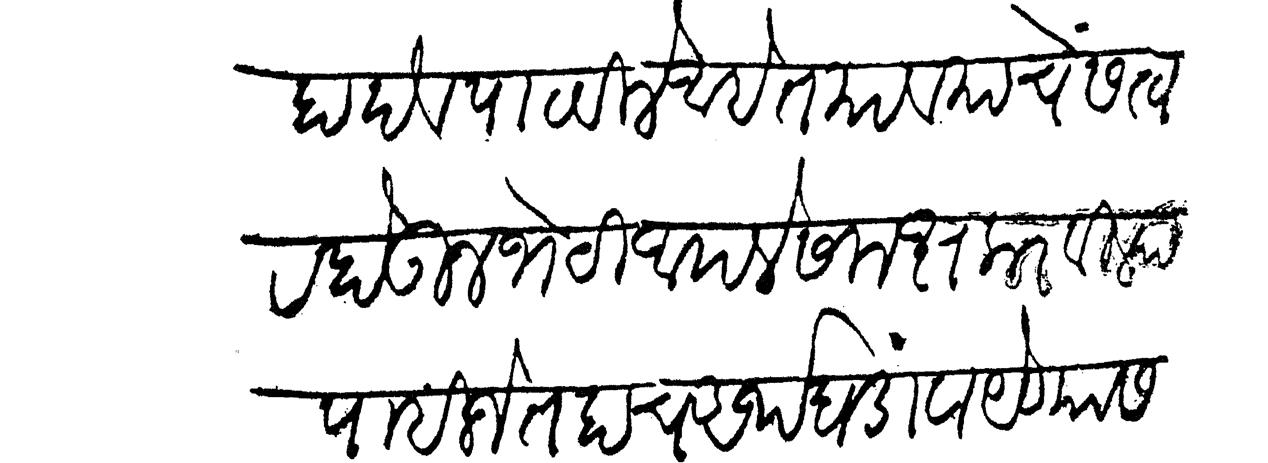
Transliteration (Devanagari): हादेव पाठविले आहेत यावयाचें सत्वर होऊन भेटी आपले समक्ष करविल्या पाहिजेत हाच अर्थ घडावा येण्यास